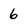
Character: 6